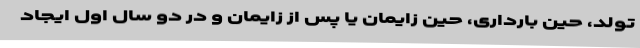
تولد، حین بارداری، حین زایمان یا پس از زایمان و در دو سال اول ایجاد